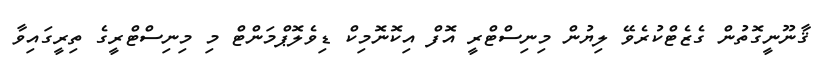
ޤާނޫނީގޮތުން ގެޒެޓްކުރެވޭ ލިޔުން މިނިސްޓްރީ އޮފް އިކޮނޮމިކް ޑިވެލޮޕްމަންޓް މި މިނިސްޓްރީގެ ތިރީގައިވާ